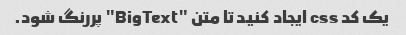
یک کد css ایجاد کنید تا متن "BigText" پررنگ شود.